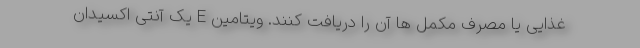
غذایی یا مصرف مکمل ها آن را دریافت کنند. ویتامین E یک آنتی اکسیدان